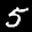
Label: 5